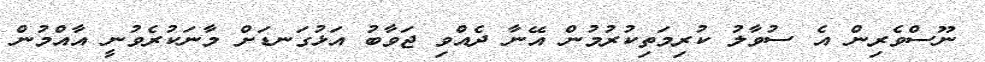
ނޫސްވެރިން އެ ސުވާލު ކުރިމަތިކުރުމުން އޭނާ ދެއްވި ޖަވާބު އަޅުގަނޑަށް މާނަކުރެވުނީ އާއްމުން